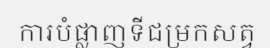
ការបំផ្លាញទីជម្រកសត្វ